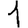
Digit: 1